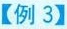
【例3】